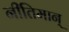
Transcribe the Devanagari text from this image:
नीतिमान्